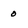
Character: o